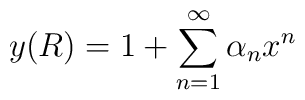
y(R) = 1 + \sum_{n=1}^\infty \alpha_n x^n